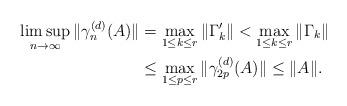
LaTeX: \begin{align*}\limsup_{n\to\infty}\|\gamma^{(d)}_{n}(A)\|&=\max_{1\leq k\leq r}\|\Gamma'_k\|<\max_{1\leq k\leq r}\|\Gamma_k\|\\&\leq \max_{1\leq p\leq r}\|\gamma_{2p}^{(d)}(A)\|\leq \|A\|.\end{align*}